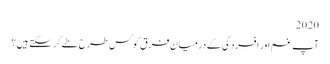
2020
آپ غم اور افسردگی کے درمیان فرق کو کس طرح طے کرسکتے ہیں؟